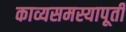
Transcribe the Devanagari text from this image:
काव्यसमस्यापूर्ती